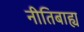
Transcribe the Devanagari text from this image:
नीतिबाह्य